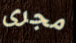
مجرى